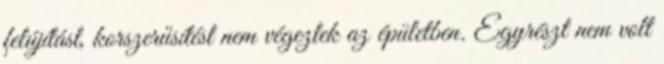
felújítást, korszerűsítést nem végeztek az épületben. Egyrészt nem volt